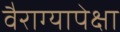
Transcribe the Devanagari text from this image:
वैराग्यापेक्षा